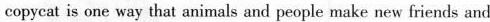
copycat is one way that animals and people make new friends and